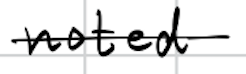
Text: noted
Cross-out: single-line
Writing tool: digital_black